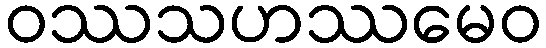
ဝဿသဟဿမေဝ